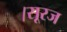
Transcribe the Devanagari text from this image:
।सूरज